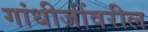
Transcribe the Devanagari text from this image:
गांधीजींवरील